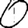
Digit: 0